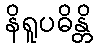
နိရူပဓိန္တိ